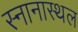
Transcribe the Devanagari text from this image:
स्नानास्थल